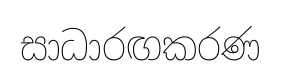
සාධාරඟකරණ